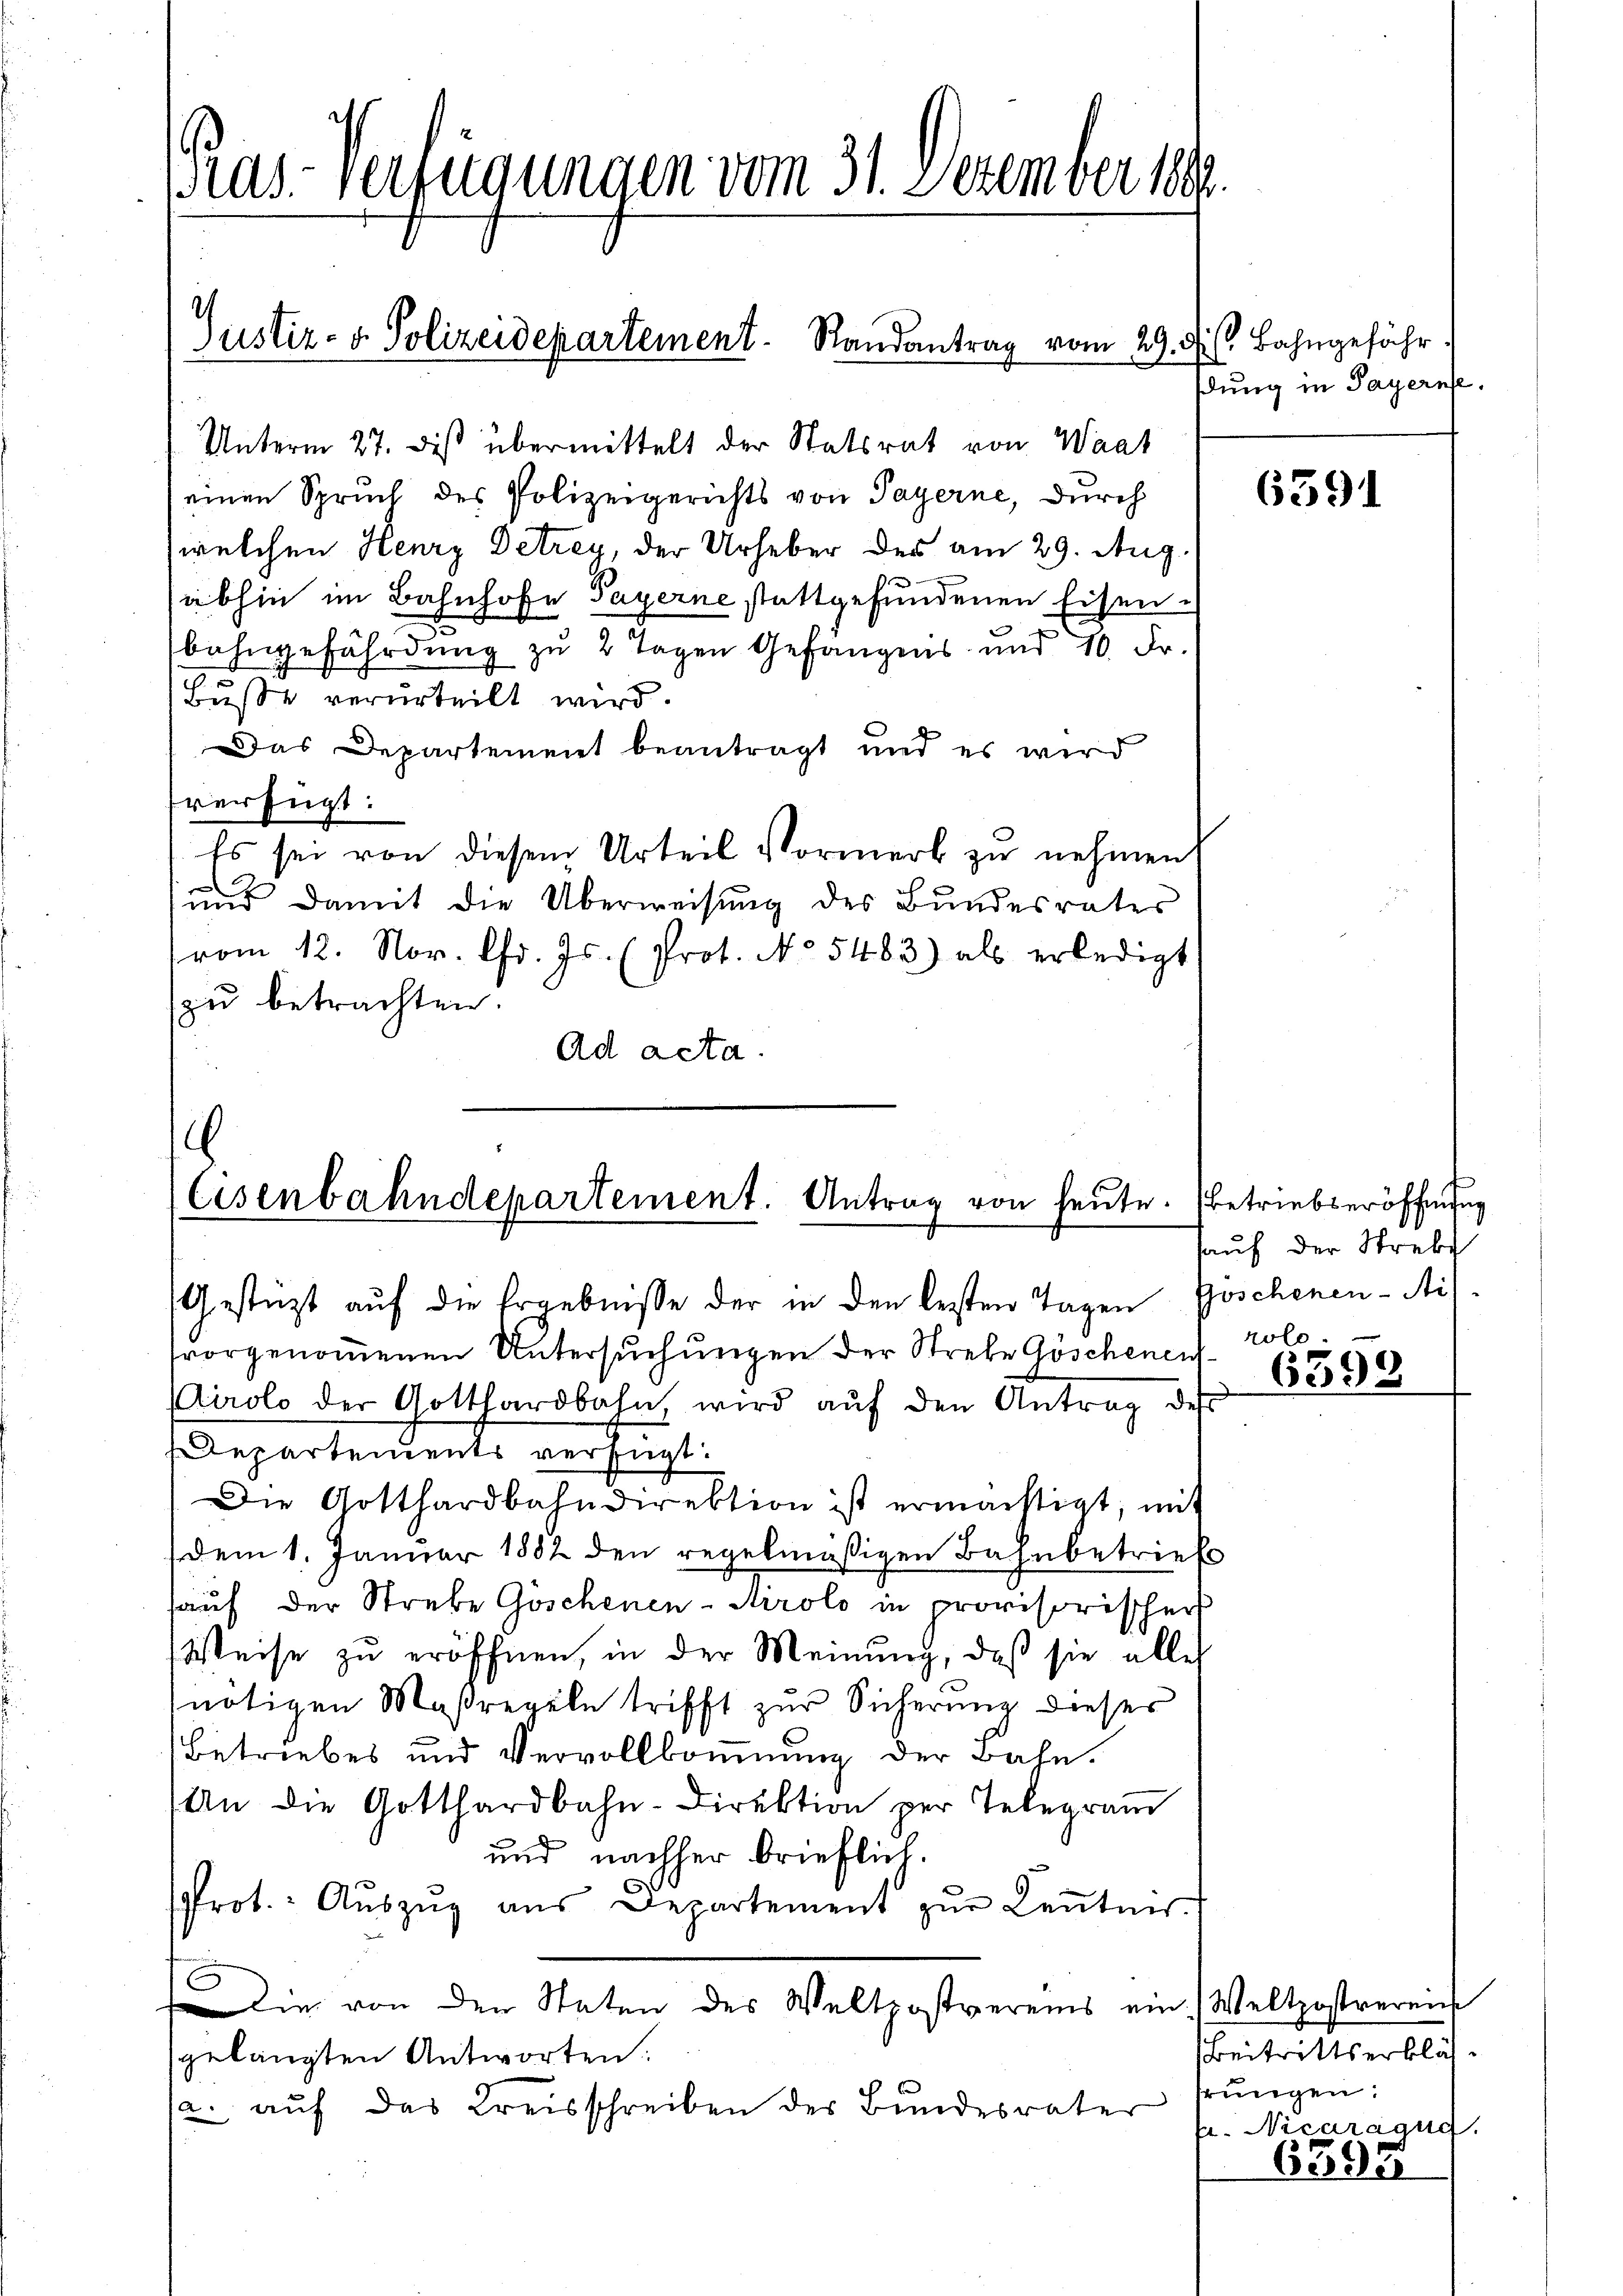
Kas- verfügungen vom 31. Dezember 1886.

Justiz- & Polizeidepartement Randantrag vom 29.

Unterm 27. Des übermittelt der Statsrat von Waat
einen Spruch des Polizeigerichts von Payerne, durch
welchen Henry Detrey, der Urheber des am 29. Aug.
abhin im Bahnhofe Payerne stattgefundenen Eisen.
bahngefährdung zu 2 Tagen Gefängnis und 10. Fr.
Buße verurteilt wird.
Das Departement beantragt und es wird
verfügt:
Es sei von diesem Urteil Vormerk zu nehmen
2
und damit die Überweisŭng des Bŭndesrates
vom 12. Nov. Chr. Js. (Prot. No 5483) als erledigt
zu betrachten.
Ad acta.

.
Eisenbahndepartement. Antrag von heute.
Gestüzt auf die Ergebnisse der in den besten Tagen Goschenen-Ais¬

vorgenommenen Untersuchungen der Strebe Göschenen rolo¬
Airolo der Gotthardbahn wird aŭf den Antrag des
Departements verfügt:
Die Gotthardbahndirektion ist ermächtigt, mit
dem 1. Januar 1882 den regelmäßigen Bahnbetrief
auf der Strebe Göschenen- Airolo in provisorischer
Weise zu eröffnen, in der Meinung, daß sie alles
nötigen Maßregeln trifft zur Sicherung dieses
Betriebes und Vervollkommung der Bahn.
An die Gotthardbahn-Direktion per Telegram
und nachher brieflich.
rot. Aŭszŭg aŭs Departement zŭr Keṅtnis-
Die von den Staten des Weltpostvereis ein Weltpostrereich
sgelangten Antworten:
12. auf das Kreisschreiben der Bundesrater

dis Bahngefähr
dung in Payerne.

6391

Betriebseröffnung
hauf der Strebt

6398

Beitrittserkläsrungen.
fr. Nicarägug
6395